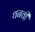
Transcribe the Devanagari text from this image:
थनवी